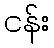
ငန်း